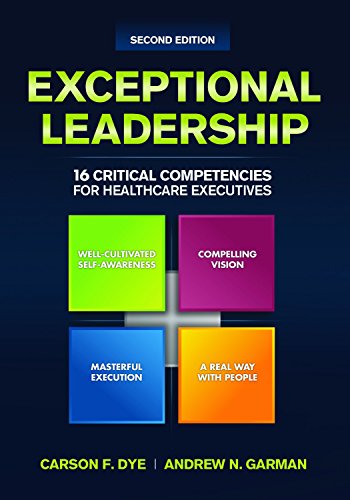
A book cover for Exceptional Leadership: 16 Critical Competencies for Healthcare Executives, Second Edition (ACHE Management Series); Carson F. Dye; Medical Books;